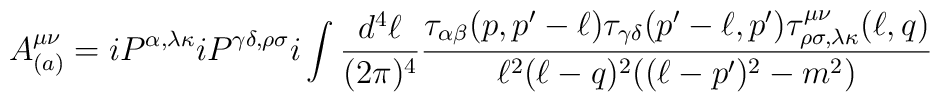
A^{\mu\nu}_{(a)}=iP^{\alpha,\lambda\kappa}iP^{\gamma\delta,\rho\sigma}i\int {d^4\ell\over(2\pi)^4}{\tau_{\alpha\beta}(p,p'-\ell) \tau_{\gamma\delta}(p'-\ell,p')\tau^{\mu\nu}_{\rho\sigma,\lambda\kappa}(\ell,q)\over \ell^2(\ell-q)^2((\ell-p')^2-m^2)}